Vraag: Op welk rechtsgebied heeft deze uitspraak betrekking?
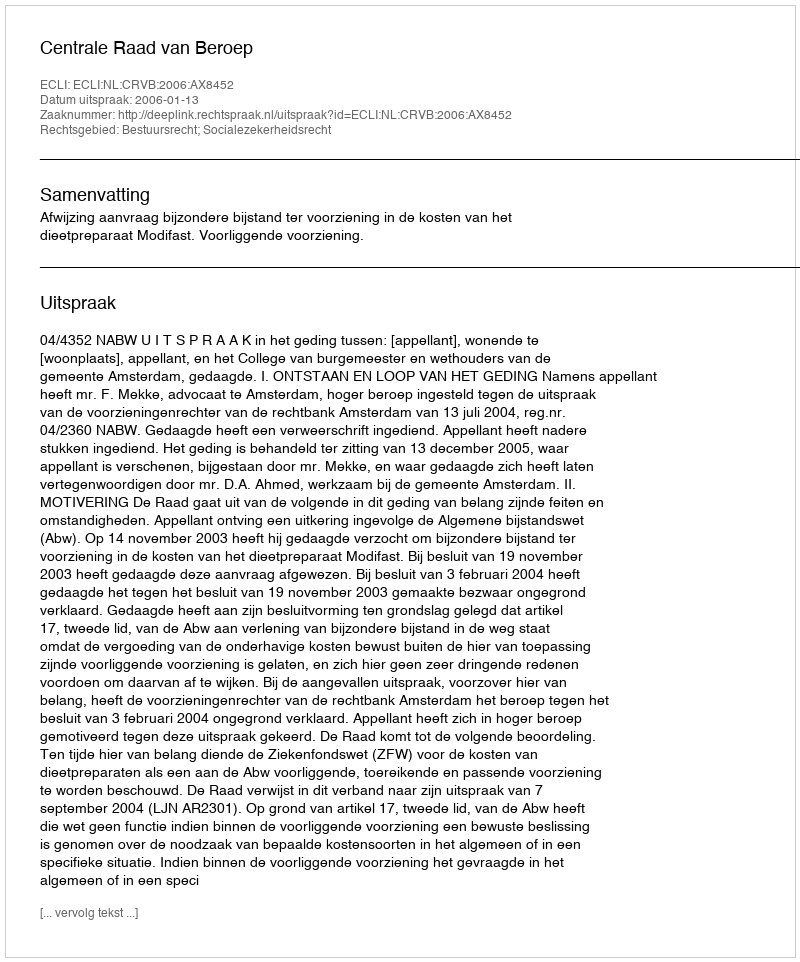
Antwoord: Bestuursrecht; Socialezekerheidsrecht